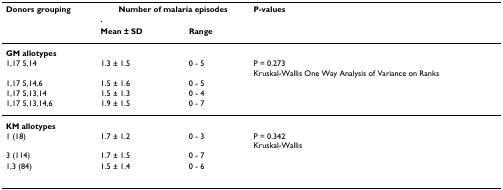
| Donors grouping | <COLSPAN=2> Number of malaria episodes | P-values |
 |  | Mean ± SD | Range |  |
 | --- | --- | --- | --- |
 | GM allotypes |  |  |  |
 | 1,17 5,14 | 1.3 ± 1.5 | 0 - 5 | P = 0.273Kruskal-Wallis One Way Analysis of Variance on Ranks |
 | 1,17 5,14,6 | 1.5 ± 1.6 | 0 - 5 |  |
 | 1,17 5,13,14 | 1.5 ± 1.3 | 0 - 4 |  |
 | 1,17 5,13,14,6 | 1.9 ± 1.5 | 0 - 7 |  |
 | KM allotypes |  |  |  |
 | 1 (18) | 1.7 ± 1.2 | 0 - 3 | P = 0.342Kruskal-Wallis |
 | 3 (114) | 1.7 ± 1.5 | 0 - 7 |  |
 | 1,3 (84) | 1.5 ± 1.4 | 0 - 6 |  |